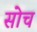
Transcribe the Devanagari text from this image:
सोच